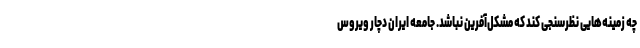
چه زمینه‌هایی نظرسنجی کند که مشکل‌آفرین نباشد. جامعه ایران دچار ویروس